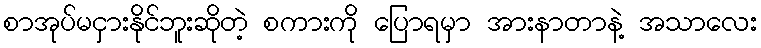
စာအုပ်မငှားနိုင်ဘူးဆိုတဲ့ စကားကို ပြောရမှာ အားနာတာနဲ့ အသာလေး